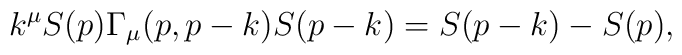
k^{\mu }S(p)\Gamma _{\mu }(p,p-k)S(p-k)=S(p-k)-S(p),